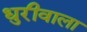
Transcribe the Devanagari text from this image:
धुरीवाला